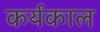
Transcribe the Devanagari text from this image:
कर्यकाल